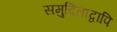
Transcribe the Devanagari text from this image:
समुदिताद्वापि